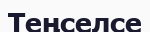
Теңселсе